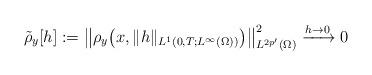
LaTeX: \begin{align*}\tilde{\rho}_{y}[h] :=\bigl\|{\rho_y}\bigl(x, \|h\|_{L^1(0,T;L^\infty(\Omega))}\bigr)\bigr\|^2_{{L^{2p'}}(\Omega)}\xrightarrow{h\to 0} 0\end{align*}